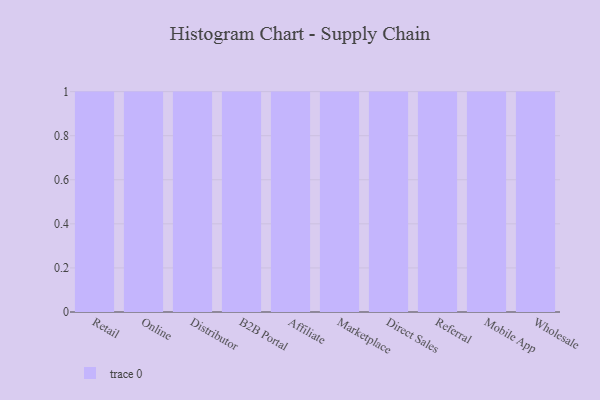
{"axis": {"x": "Channel", "y": "Backlog"}, "legend": [""], "data": [{"x": "Retail", "y": 31, "type": ""}, {"x": "Online", "y": 91, "type": ""}, {"x": "Distributor", "y": 89, "type": ""}, {"x": "B2B Portal", "y": 8, "type": ""}, {"x": "Affiliate", "y": 85, "type": ""}, {"x": "Marketplace", "y": 20, "type": ""}, {"x": "Direct Sales", "y": 35, "type": ""}, {"x": "Referral", "y": 38, "type": ""}, {"x": "Mobile App", "y": 6, "type": ""}, {"x": "Wholesale", "y": 47, "type": ""}]}